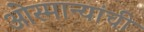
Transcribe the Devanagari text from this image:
ओस्मान्यांची